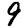
Digit: 9